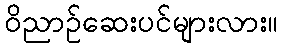
ဝိညာဉ်ဆေးပင်များလား။